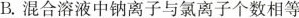
B.混合溶液中钠离子与氯离子个数相等